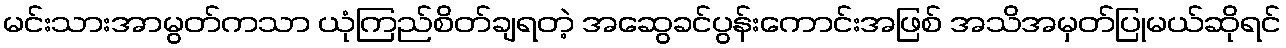
မင်းသားအာမွတ်ကသာ ယုံကြည်စိတ်ချရတဲ့ အဆွေခင်ပွန်းကောင်းအဖြစ် အသိအမှတ်ပြုမယ်ဆိုရင်